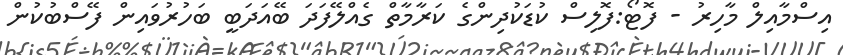
އިސްމާއިލް މާހިރު - ފޮޓޯ:ފޮލިސް ކުޑަކުދިންގެ ކަރާމާތް ގެއްލޭފަދަ ބޭއަދަބީ ބަހުރުވައިން ފޭސްބުކުން